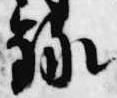
録